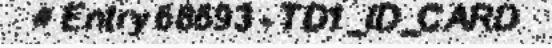
# Entry 68693 - TD1_ID_CARD